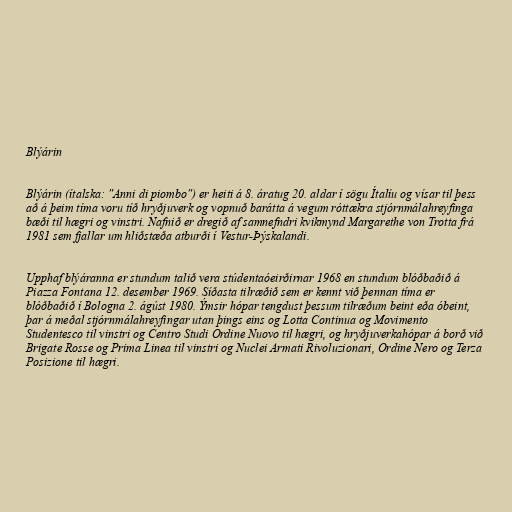
Blýárin

Blýárin (ítalska: "Anni di piombo") er heiti á 8. áratug 20. aldar í sögu Ítalíu og vísar til þess
að á þeim tíma voru tíð hryðjuverk og vopnuð barátta á vegum róttækra stjórnmálahreyfinga
bæði til hægri og vinstri. Nafnið er dregið af samnefndri kvikmynd Margarethe von Trotta frá
1981 sem fjallar um hliðstæða atburði í Vestur-Þýskalandi.

Upphaf blýáranna er stundum talið vera stúdentaóeirðirnar 1968 en stundum blóðbaðið á
Piazza Fontana 12. desember 1969. Síðasta tilræðið sem er kennt við þennan tíma er
blóðbaðið í Bologna 2. ágúst 1980. Ýmsir hópar tengdust þessum tilræðum beint eða óbeint,
þar á meðal stjórnmálahreyfingar utan þings eins og Lotta Continua og Movimento
Studentesco til vinstri og Centro Studi Ordine Nuovo til hægri, og hryðjuverkahópar á borð við
Brigate Rosse og Prima Linea til vinstri og Nuclei Armati Rivoluzionari, Ordine Nero og Terza
Posizione til hægri.